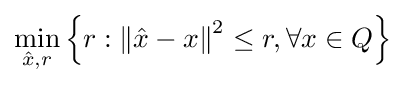
\min _{{\hat {x}},r}\left\{r:\left\|{\hat {x}}-x\right\|^{2}\leq r,\forall x\in Q\right\}